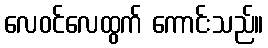
လေဝင်လေထွက် ကောင်းသည်။